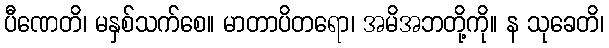
ပီဏေတိ၊ မနှစ်သက်စေ။ မာတာပိတရော၊ အမိအဘတို့ကို။ န သုခေတိ၊